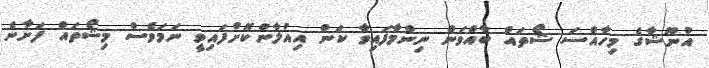
އުނޫޝާގެ މިހާއްސަ ޝޯތައް ބާއްވަން ނިންމާފައިވާ ކަން އިއުލާންކޮށްފައިވީ ނަމަވެސް މިޝޯތައް ފަށާނެ